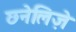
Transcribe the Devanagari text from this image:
छनेलिज़े